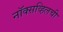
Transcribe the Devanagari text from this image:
नॉक्सव्हिलची